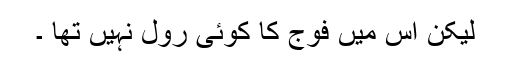
لیکن اُس میں فوج کا کوئی رول نہیں تھا ۔